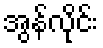
အွန်လိုင်း